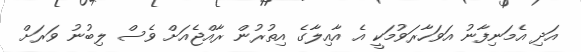
އަދި އެމަނިފާނު އަވަހާރަވުމަކީ އެ އާއިލާގެ އިތުރުން ރާއްޖެއަށް ވެސް ލިބުނު ވަރަށް